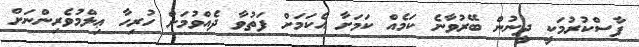
ފާސްކުރުމަކީ ދީނުން ބޭރުވާނެ ކަމެއް ކަމަށާ އެކަމަށް ފަތުވާ ދެއްވުމަށް ހުރިހާ ޢިލްމުވެރިންނަށް